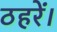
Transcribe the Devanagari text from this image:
ठहरें।